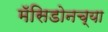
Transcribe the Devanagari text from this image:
मॅसिडोनच्या